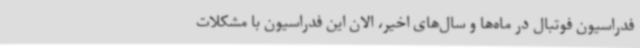
فدراسیون فوتبال در ماه‌ها و سال‌های اخیر، الان این فدراسیون با مشکلات